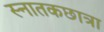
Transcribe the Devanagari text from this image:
स्नातकछात्रा